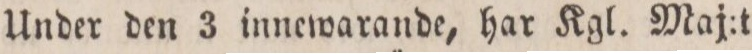
Under den 3 innewarande, har Kgl. Maj:t